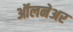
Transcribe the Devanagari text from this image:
ऑलनेअर